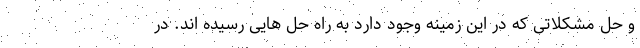
و حل مشکلاتی که در این زمینه وجود دارد به راه حل هایی رسیده اند. در